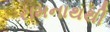
રામનાથથી